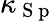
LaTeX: \kappa_{\mathrm{~S~p~}}